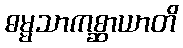
ဓမ္မသာကစ္ဆာယာတိ